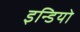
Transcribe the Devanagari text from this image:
इन्डियो